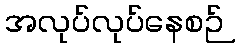
အလုပ်လုပ်နေစဉ်